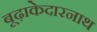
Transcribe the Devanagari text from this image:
बूढ़ाकेदारनाथ